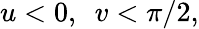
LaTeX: u<0,~~v<\pi/2,